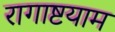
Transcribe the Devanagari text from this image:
रागाष्टयाम